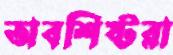
অবশিষ্টরা